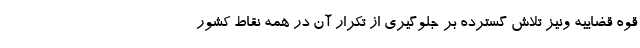
قوه قضاییه ونیز تلاش گسترده بر جلوگیری از تکرار آن در همه نقاط کشور